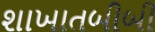
શાખાતબીબી